画像に写った文字を読んでください
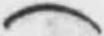
「(」と書いてあります